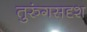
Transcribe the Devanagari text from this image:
तुरुंगसदृश